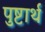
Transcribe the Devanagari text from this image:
पुष्टार्थ